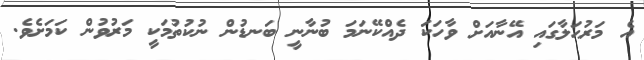
އެ މަރުޙަލާގައި އޭނާއަށް ވާހަކަ ދެއްކޭނަމަ ބުނާނީ ބަނޑުން ނުކުތުމަކީ މަރުވުން ކަމަށެވެ.